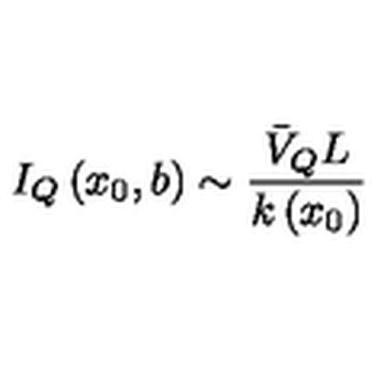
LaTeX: I _ { Q } \left( x _ { 0 } , b \right) \sim \frac { \bar { V } _ { Q } L } { k \left( x _ { 0 } \right) }